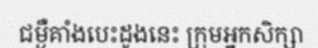
ជម្ងឺគាំងបេះដូងនេះ ក្រុមអ្នកសិក្សា